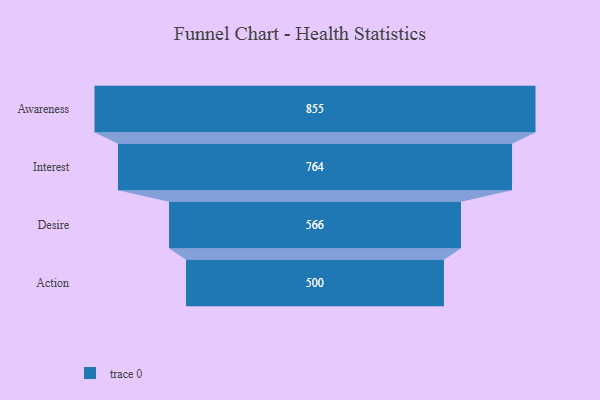
{"axis": {"x": "Stage", "y": "Value"}, "legend": [""], "data": [{"x": "Awareness", "y": 855.0, "type": ""}, {"x": "Interest", "y": 764.0, "type": ""}, {"x": "Desire", "y": 566.0, "type": ""}, {"x": "Action", "y": 500, "type": ""}]}